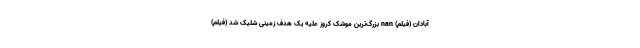
آبادان (فیلم) nan بزرگ‌ترین موشک کروز علیه یک هدف زمینی شلیک شد (فیلم)